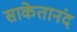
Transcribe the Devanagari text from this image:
साकेतानंद